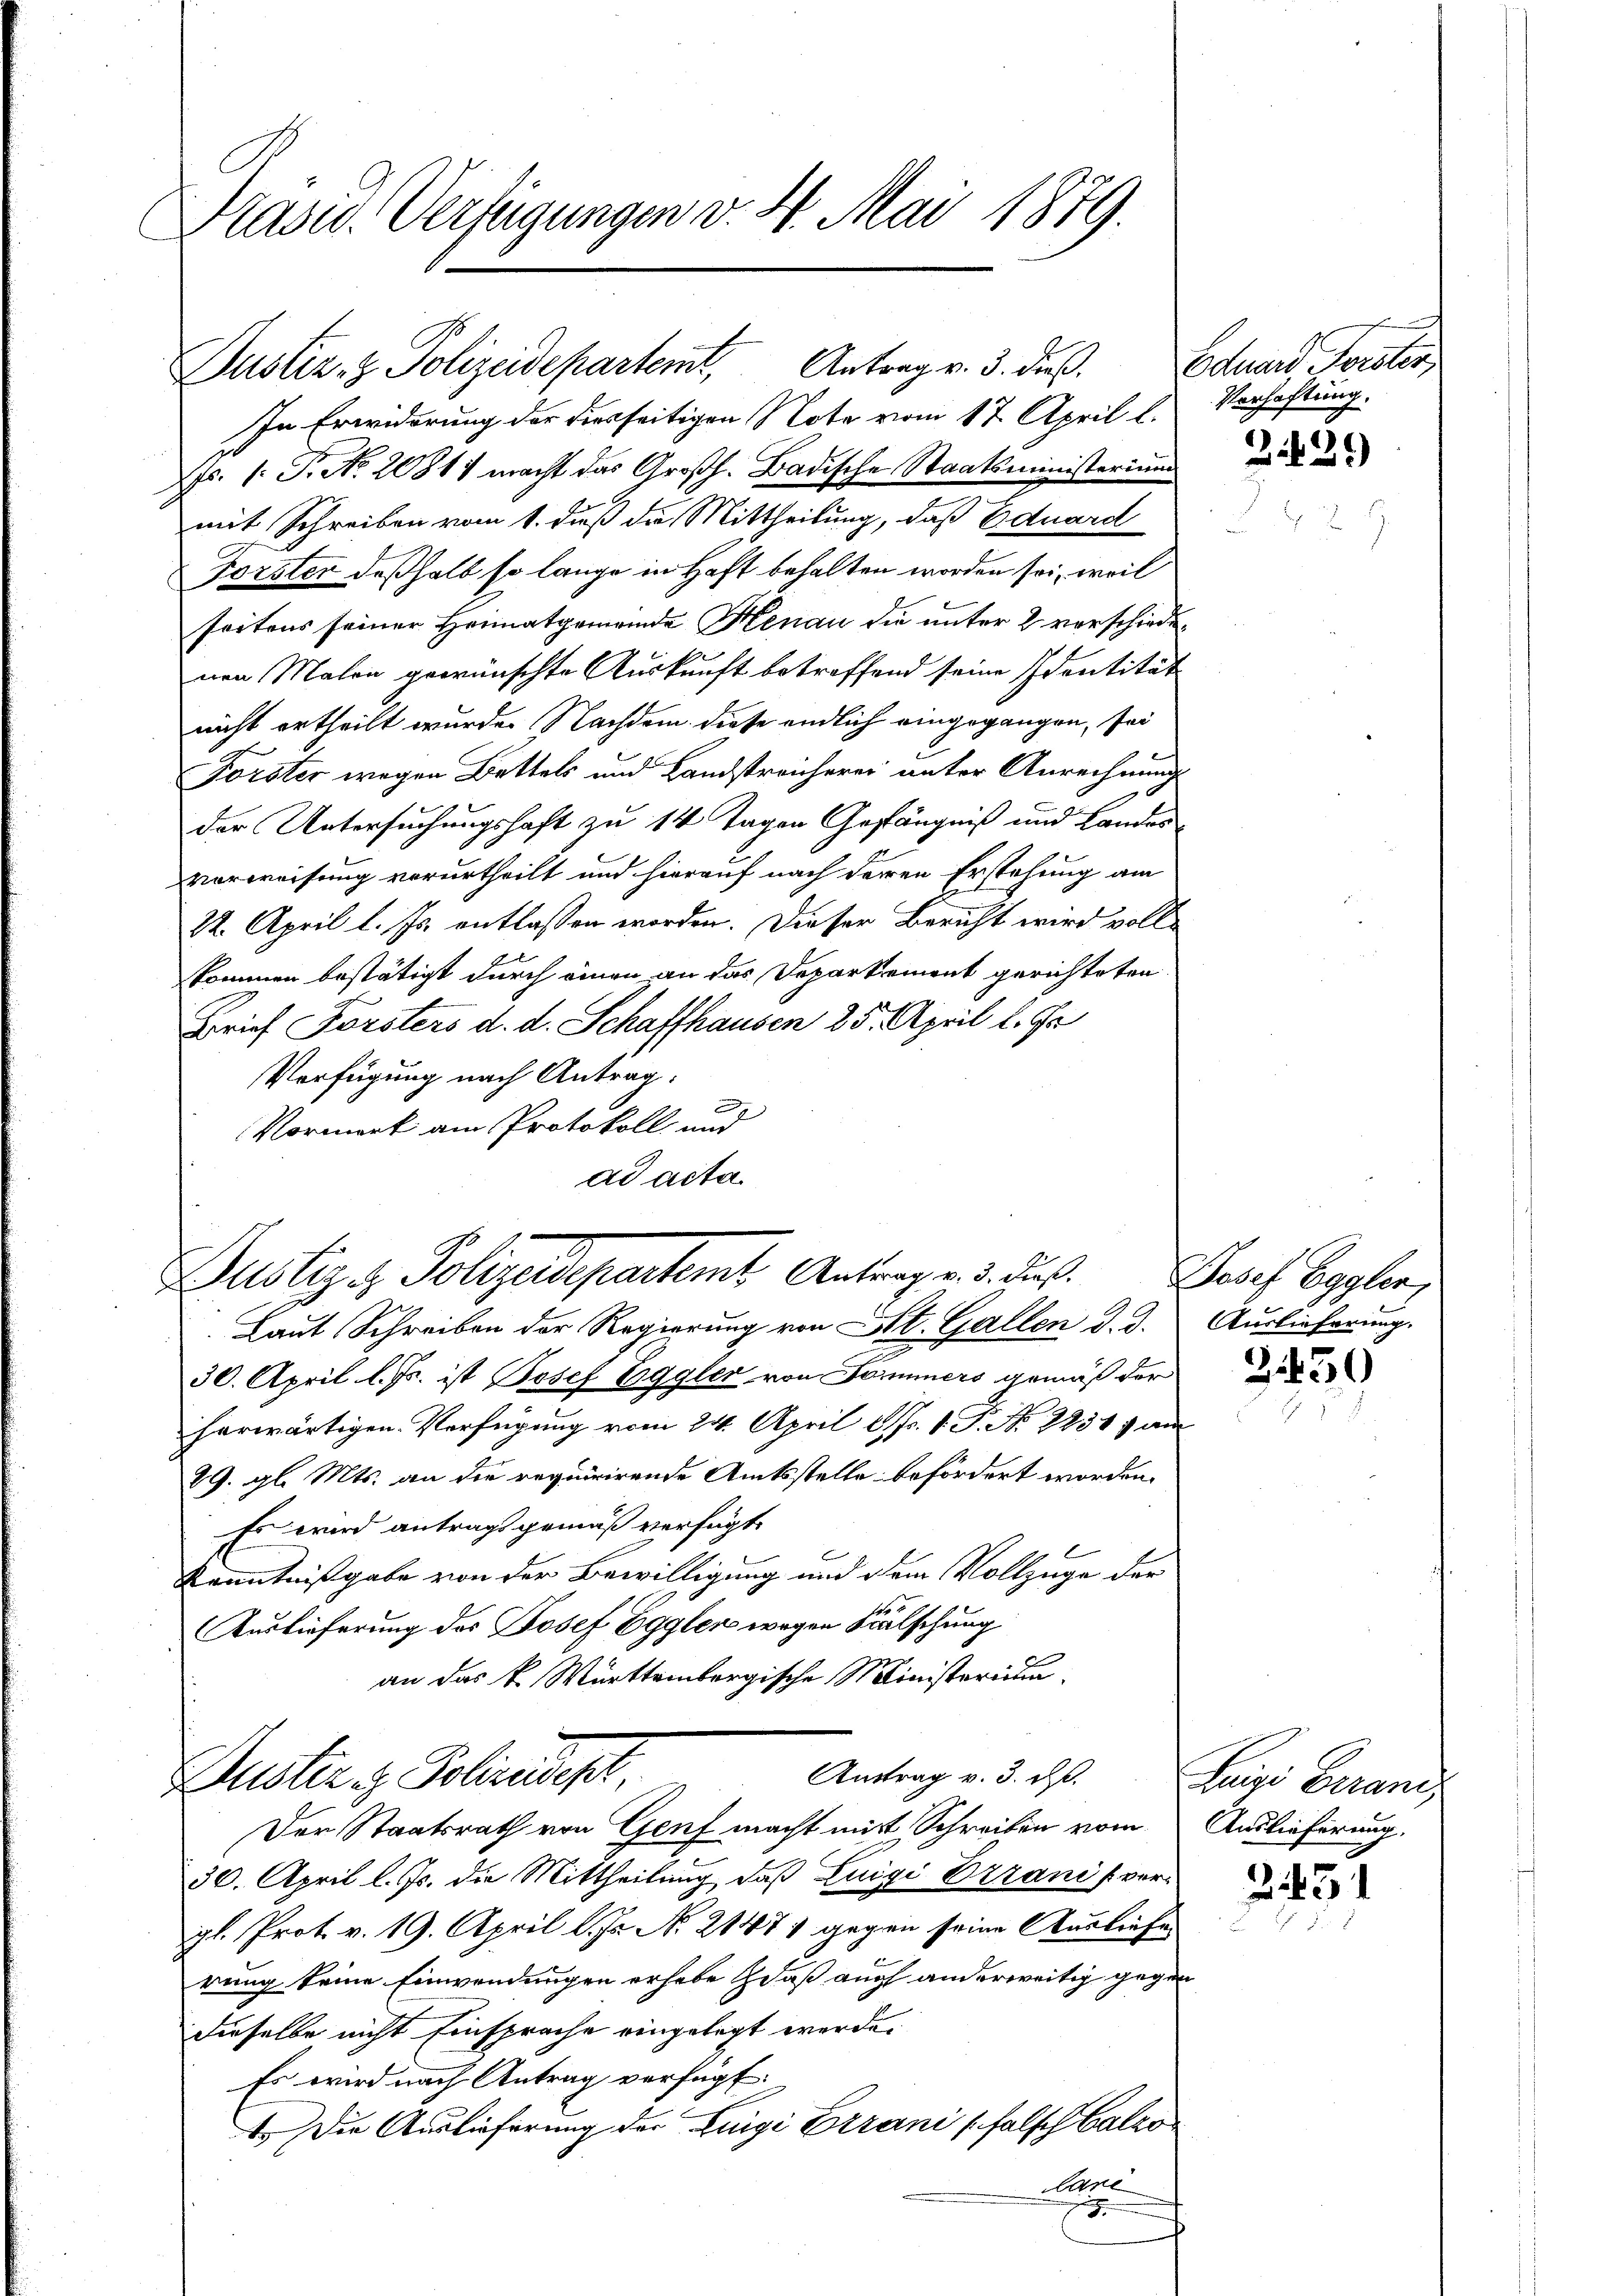
Prasw. Verfügungen v. 4. Mai 1879.

In Erwiderung der diesseitigen Nota vom 17. April l.
s. 1. P. Nr. 20811 macht das Großh. Badische Staatsministerium
mit Schreiben vom 1. dieß die Mittheilung, daß Eduard
Forster deßhalb so lange in Haft behalten worden sei, weil
seitens seiner Heimatgemeinde Henau die unter 2 verschiedenen Malon gewünschte Auskunft betreffend seine Identität
nicht ertheilt wurde. Nachdem diese endlich eingegangen, sei
Forster wegen Bettels und Landstreicherer unter Anrechnung
der Untersuchungshaft zu 14 Tagen Gefängniß und Landesvorweisung verurtheilt und hierauf nach deren Erstehung am
22. April l. Js. entlassen worden. Dieser Bericht wird vollkommen bestätigt durch einen an das Departement gerichteten
Brief Forsters d. d. Schaffhausen 25. April l. Js
Verfügung nach Antrag.
A
Vormerk am Protokoll und
ad acta

Justiz- & Polizeidepartemt, Antrag v. 3. dieß. Eduard, Forster,

Dustiz & Polizeidepartemt Antrag v. 3. dus. Josef Eggler,

Laut Schreiben der Regierung von Art. Gallen d. d.
30. April l. Js. ist Josef Eggler von Sommers gemäß der
herwärtigen Verfügung vom 24. April l. Js. 1. P. No 2230 f am
29. gl. Mts. an die requirirende Amtsstelle befördert worden.
Es wird antragsgemäß verfügt:
Kenntnißgabe von der Bewilligung und dem Vollzüge der
Auslieferung des Josef Eggler wegen Fälschung
an das k. Württembergische Ministerium
Antrag v. 3. d.
Austiz & Polizeidesh
Der Staatsrath von Genf macht mit Schreiben vom
30. April l. Js. die Mittheilung, daß Luigi Ozzani (vergl. Prot. v. 19. April l. Js. No 21471 gegen seine Ausliefe.
rung keine Einwendungen erhebe daß auch anderweitig gegen
dieselbe nicht Einsprache eingelegt werde.
Es wird nach Antrag verfügt:
1. Die Auslieferung der Luigi Exrani (falsch balko
Lane
e

Verhaftung.

3.429

Auslieferung.

3650

Luigi Berans
Auslieferung.

231